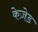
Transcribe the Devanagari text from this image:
केज़ेड